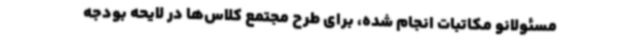
مسئولانو مکاتبات انجام شده، برای طرح مجتمع کلاس‌ها در لایحه بودجه